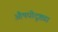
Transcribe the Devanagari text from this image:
औषधीदृष्ट्या